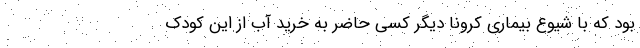
بود که با شیوع بیماری کرونا دیگر کسی حاضر به خرید آب از این کودک